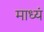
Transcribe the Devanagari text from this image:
माध्यं